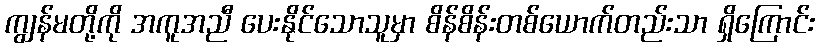
ကျွန်မတို့ကို အကူအညီ ပေးနိုင်သောသူမှာ စိန်စိန်းတစ်ယောက်တည်းသာ ရှိကြောင်း